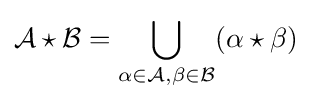
{\mathcal {A}}\star {\mathcal {B}}=\bigcup _{\alpha \in {\mathcal {A}},\beta \in {\mathcal {B}}}(\alpha \star \beta )